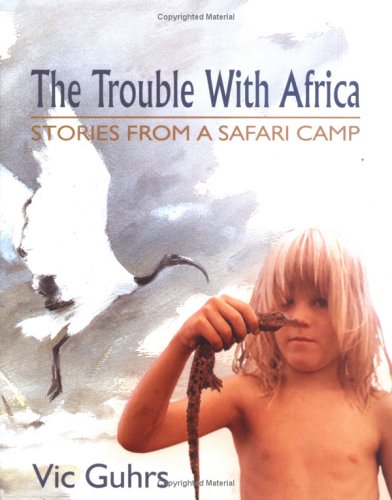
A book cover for The Trouble with Africa; Vic Guhrs; Travel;